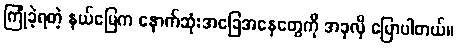
ကြုံခဲ့ရတဲ့ နယ်မြေက နောက်ဆုံးအခြေအနေတွေကို အခုလို ပြောပါတယ်။